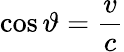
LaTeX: \cos\vartheta={\frac{v}{c}}